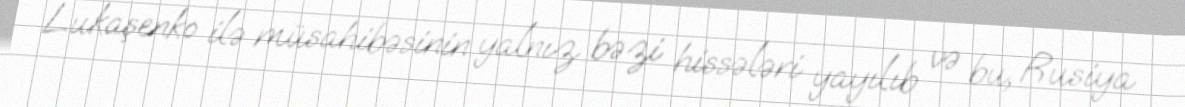
Lukaşenko ilə müsahibəsinin yalnız bəzi hissələri yayılıb və bu, Rusiya